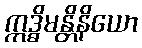
ဣဒ္ဓိမန္တိနိယော